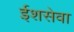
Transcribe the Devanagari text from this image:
ईशसेवा